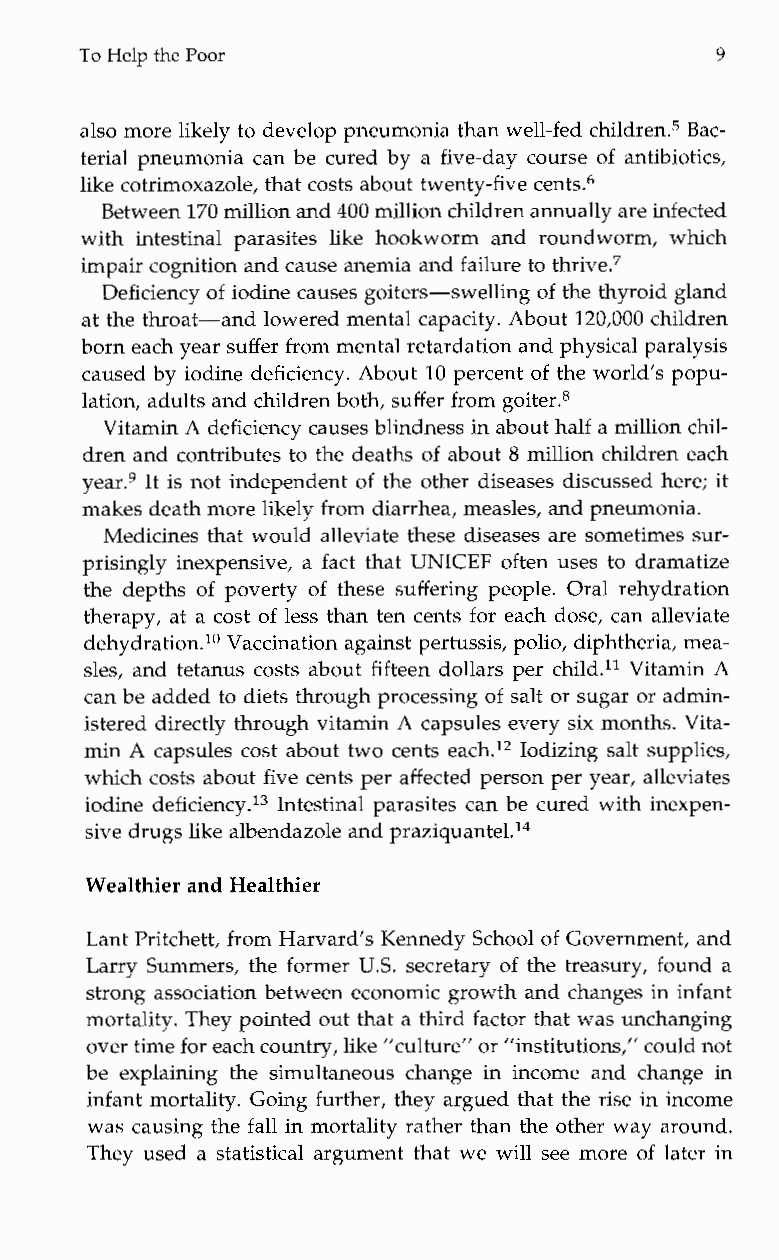
To Help the Poor                           9
 also more likely to develop pneumonia than well-fed children5 Bac-
 terial pneumonia can be cured by a five-day course of antibiotics,
 like cotrimoxazole, that costs about twenty-five cents6
 Between 170 million and 400 million children annually arei nfected
 withi ntestinalp arasites like hookworma ndr oundworm,w hich
 impair cognition and cause anemia and failure to thri~e.~
 Deficiency of iodine causes goiters-swelling of the thyroid gland
 at the throat-and lowered mental capacity. About 120,000 children
 born each year suffer from mental retardation andp hysical paralysis
 caused by iodine deficiency. About 10 percent of the world’s popu-
 lation, adults and children both, suffer from goiter.8
 Vitamin A deficiency causes blindness in about half a million chil-
 dren and contributes to the deaths of about 8 million children each
 year.9 It is not independent of the other diseases discussed here; it
 makes death more likely from diarrhea, measles, and pneumonia.
 Medicines that would alleviate these diseases are sometimes sur-
 prisingly inexpensive, a fact that UNICEF often uses to dramatize
 the depths of poverty of these suffering people. Oral rehydration
 therapy, at a cost of less than ten cents for each dose, can alleviate
 dehydration.l0 Vaccination against pertussis, polio, diphtheria, mea-
 sles, and tetanus costs about fifteen dollars per child.ll Vitamin A
 can be added to diets through processing of salt or sugar or admin-
 istered directly through vitamin A capsules every six months. Vita-
 min A capsules cost about two cents each.12 Iodizing salt supplies,
 which costs about five cents per affected person per year, alleviates
 iodine deficiency.13 Intestinal parasites can be cured with inexpen-
 sive drugs like albendazole and praziq~ante1.l~
 Wealthier and Healthier
 Lant Pritchett, from Harvard’s Kennedy School of Government, and
 Larry Summers, the former US. secretary of the treasury, found a
 strong association between economic growth and changes in infant
 mortality. They pointed out that a third factor that was unchanging
 over time for each country,l ike ”culture” or ”institutions,” could not
 be explainingt hes imultaneousc hangei n income and change in
 infant mortality. Going further, they argued that the rise in income
 was causing the fall in mortality rather than the other way around.
 They used a statistical argument that we will see more of later in